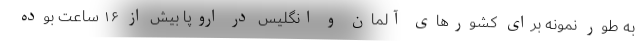
به طور نمونه برای کشورهای آلمان و انگلیس در اروپا بیش از ۱۶ ساعت بوده